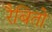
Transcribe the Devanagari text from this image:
रैबितो